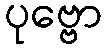
ပုဗ္ဗော